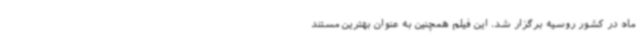
ماه در کشور روسیه برگزار شد. این فیلم همچنین به عنوان بهترین مستند